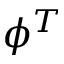
\phi ^ { T }